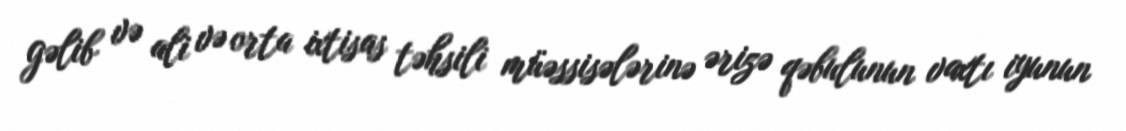
gəlib və ali və orta ixtisas təhsili müəssisələrinə ərizə qəbulunun vaxtı iyunun